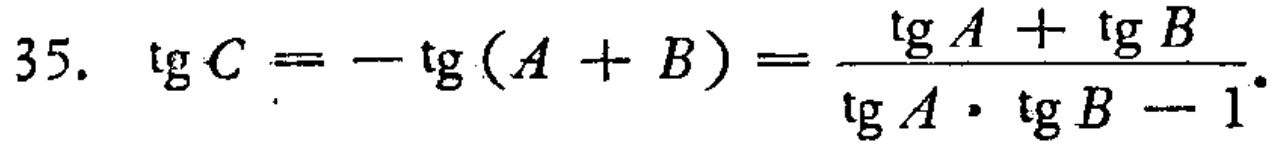
\[35.\ \ \text{tg}C = -\text{tg}(A + B)=\frac{\text{tg}A+\text{tg}B}{\text{tg}A\cdot\text{tg}B - 1}.\]